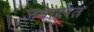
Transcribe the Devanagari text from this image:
जवाहरत